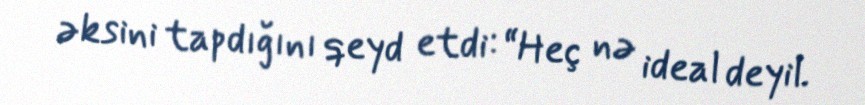
əksini tapdığını qeyd etdi: “Heç nə ideal deyil.